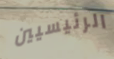
الرئيسيين